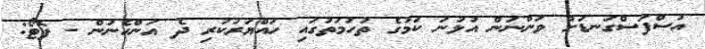
އުސްފަސްގަނޑަށް ވަންނަން އުޅުނު ކަމުގެ ތުހުމަތުގައި ހައްޔަރުކުރި ދެ އަންހެނުން - ފޮޓޯ: